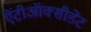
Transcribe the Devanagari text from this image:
ऐंटीऑक्सीडेंट